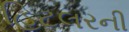
હિટલરની